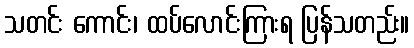
သတင်း ကောင်း၊ ထပ်လောင်းကြားရ ပြန်သတည်း။